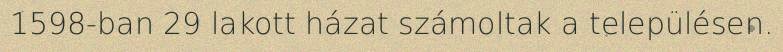
1598-ban 29 lakott házat számoltak a településen.